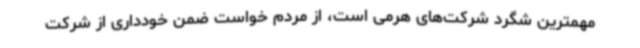
مهمترین شگرد شرکت‌های هرمی است، از مردم خواست ضمن خودداری از شرکت